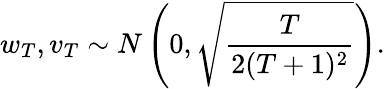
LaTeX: w_{T},v_{T}\sim N\left(0,\sqrt{\frac{T}{2(T+1)^{2}}}\right).